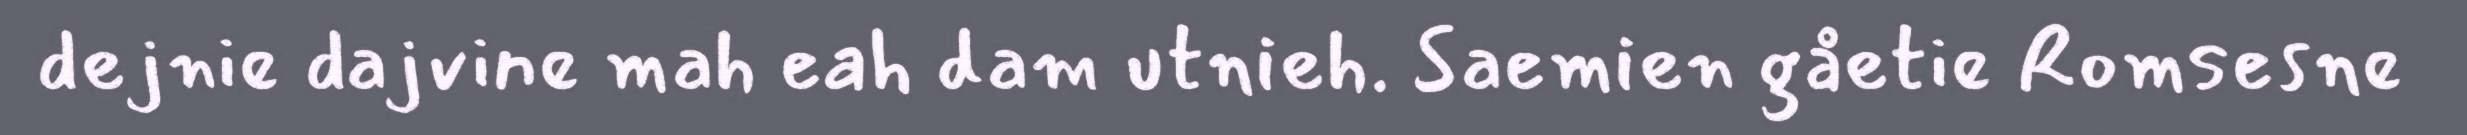
dejnie dajvine mah eah dam utnieh. Saemien gåetie Romsesne